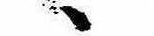
ゝ